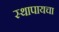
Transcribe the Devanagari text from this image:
स्थापायचा